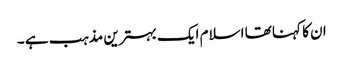
ان کا کہنا تھا اسلام ایک بہترین مذہب ہے ۔